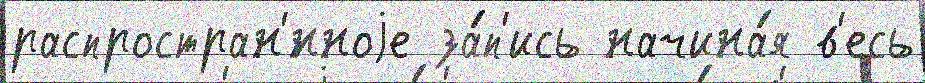
распростран'́нноjе за́п'ись начина́я в'есь